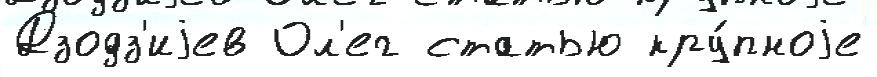
Дзодз'иjев Ол'ег статью кру́пноjе